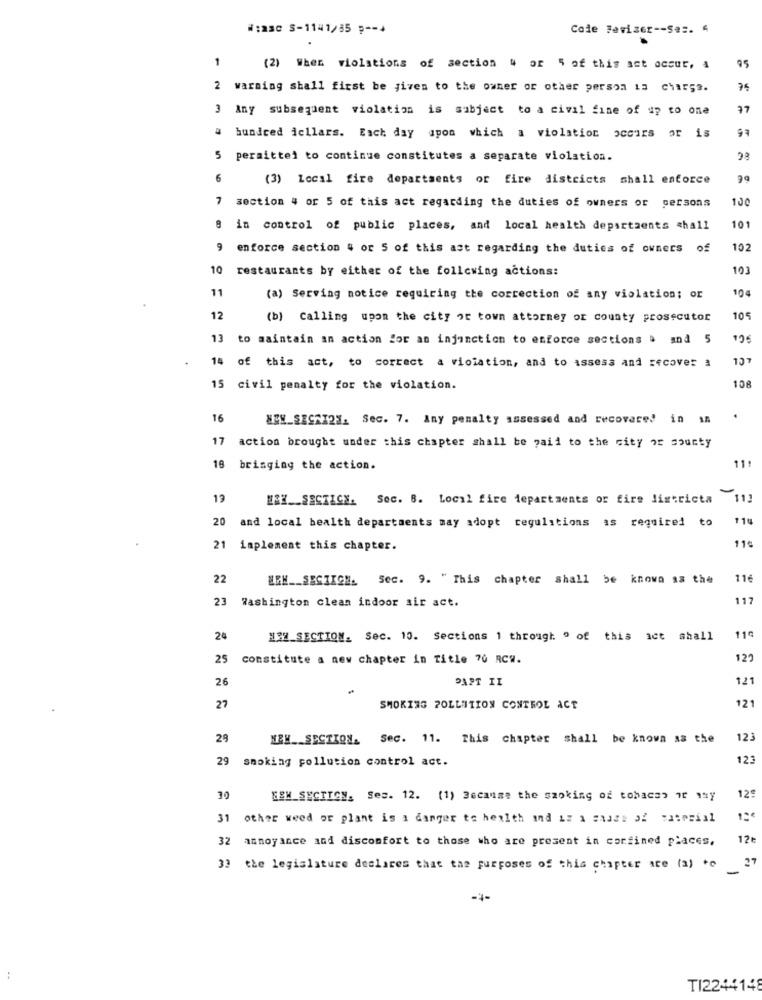
#:asc S-1141/85 p -- 4
Code Beviser -- Ses.
1
95
(2) When violations of section 4 or 5 of this act occul, &
2 warning shall first be given to the owner or other person 13 char;s.
7.5
3 Any subsequent violation is subject to a civil fine of up to one
a hundred icllars. Each day upon which a violation occurs or is
5
permitted to continue constitutes a separate violation.
6
(3) Local fire departments of fire districts shall enforce
7
100
section 4 or 5 of this act regarding the duties of owners or persons
in control of public places, and local health departaents shall
101
9
enforce section # or 5 of this ast regarding the duties of owners
of
102
10
restaurants by either of the following actions:
103
11
104
(a) Serving notice requiring the correction of any violation; or
12
(b) Calling upon the city or town attorney or county prosecutor
105
13 to maintain an action for an injunction to enforce sections & and 5
105
137
14 of this act, to correct a violation, and to assess and recover a
108
15 civil penalty for the violation.
16
WEN_SECSI23. Sec. 7. Any penalty assessed and recovered in in
17 action brought under this chapter shall be paid to the city of county
18 bringing the action.
11!
19
ESH __ SECTION. Soc. 8. Local fire departments of fire districta
-
111
110
20 and local health departments may adopt regulations as required to
11€
21 implement this chapter.
22
MRH __ SECTION_ Sec. 9. " This chapter shall be known as the
116
117
23 Washington clean indoor air act.
24
HOW_SECTION_ Sec. 10. Sections 1 through º of this act shall
114
25
constitute a new chapter in Title 70 RCW.
120
26
PART II
121
121
27
SMOKING POLLUTION CONTROL ACT
29
NEW __ SECTION_ Sec. 11. This chapter shall be known as the
123
29
smoking pollution control act.
123
12€
30
EEM_SECTION, Ses. 12. (1) Because the szoking of tobacas ir my
31 other weed or plant is a danger to health and is a sides of "asprial
annoyance and discomfort to those who are present in confined places,
12+
27
3) the legislature declares that the purposes of this chapter are (3) to
-4-
TI2244148